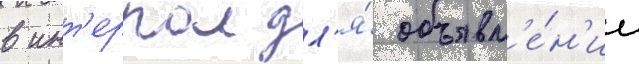
в инт'ерпол дл'я́ объявл'е́н'ии